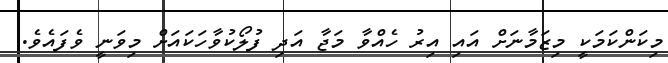
މިކަންކަމަކީ މިޒަމާނަށް އައި އިރު ހެއްވާ މަޖާ އަދި ފުލޯކުވާހަކައަށް މިވަނީ ވެފައެވެ.